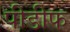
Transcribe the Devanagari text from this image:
पीडीफ